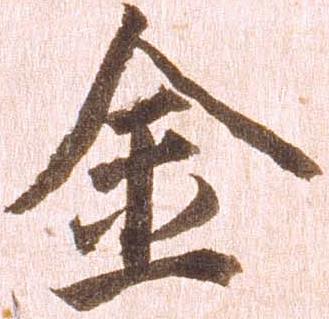
金